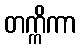
တက္ကိကာ